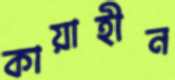
কায়াহীন